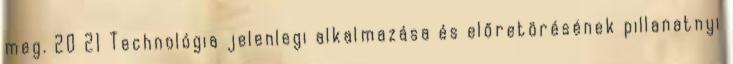
meg. 20 21 Technológia jelenlegi alkalmazása és előretörésének pillanatnyi